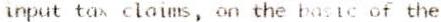
INPUT TAX CLAIMS, ON THE BASIC OF THE